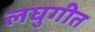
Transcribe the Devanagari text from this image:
लघुगीत